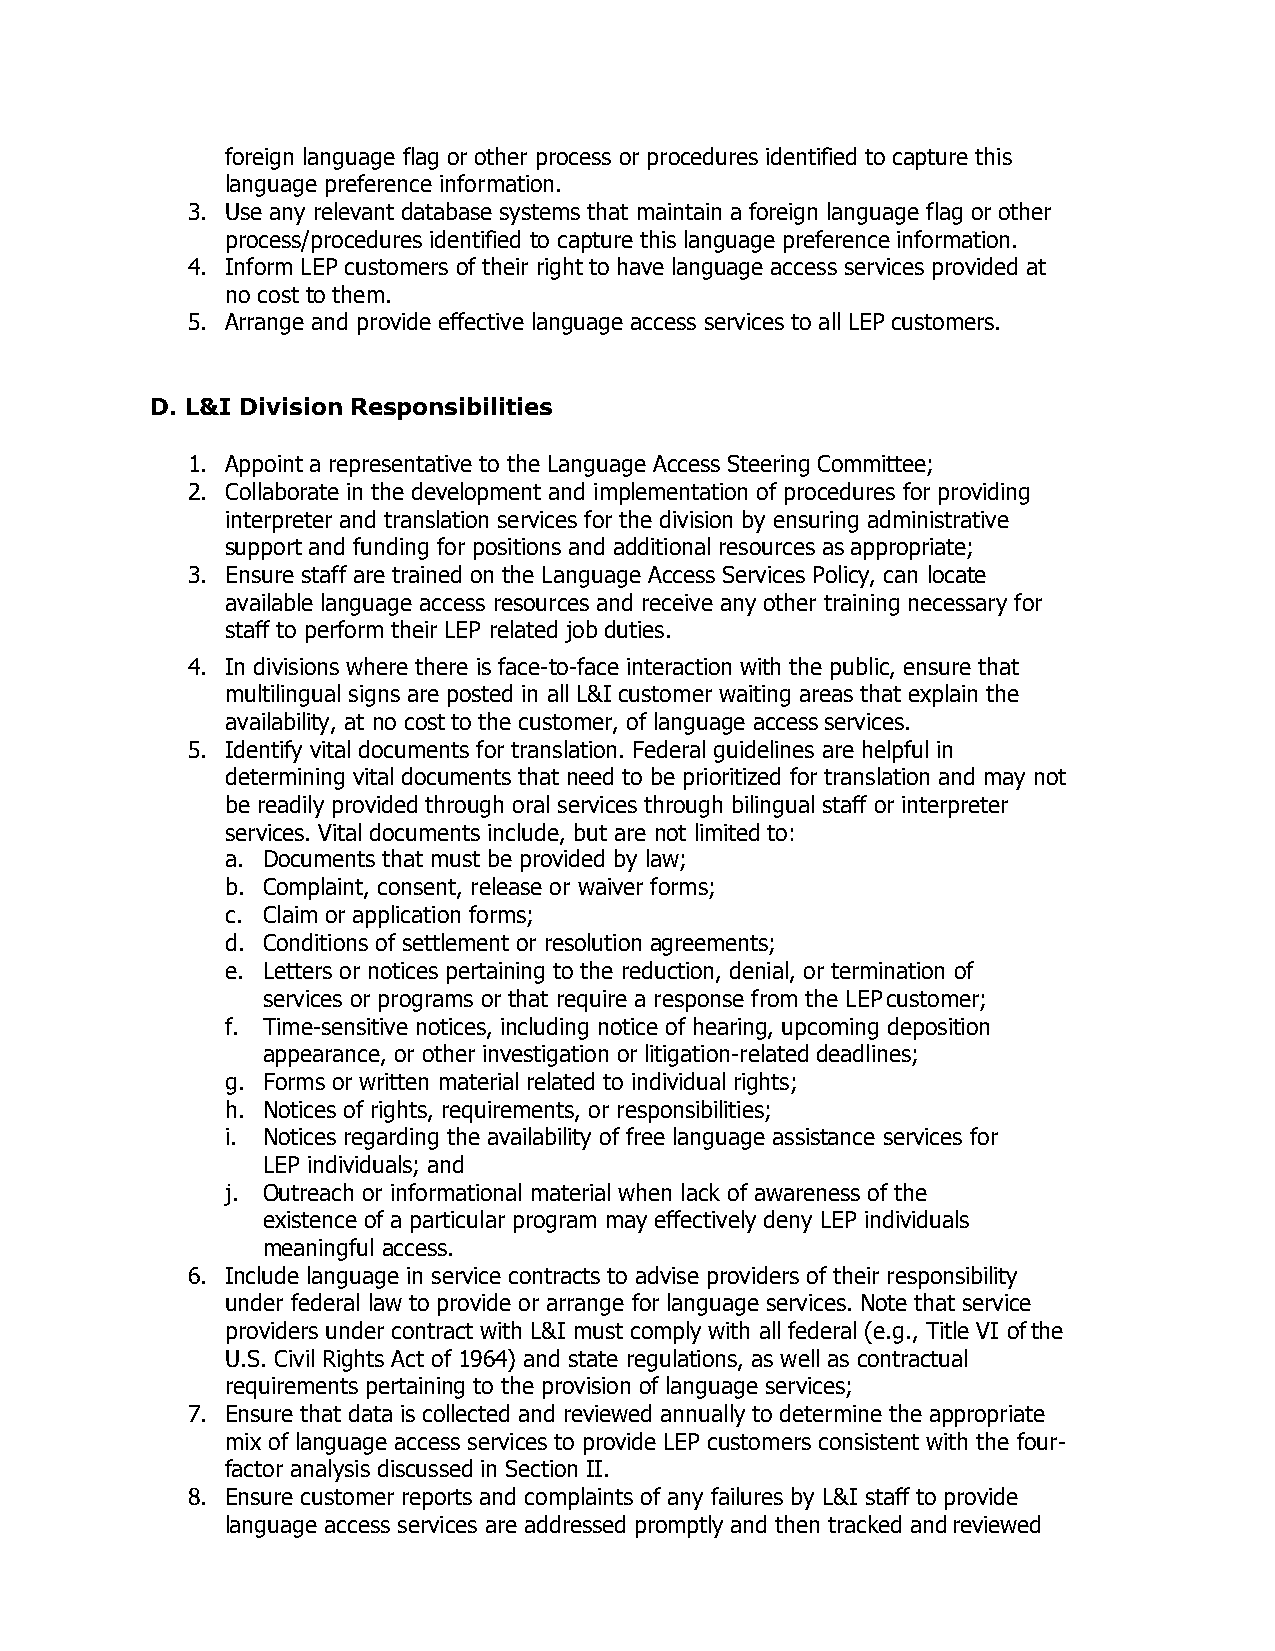
foreign language flag or other process or procedures identified to capture this
 language preference information.
 3. Use any relevant database systems that maintain a foreign language flag or other
 process/procedures identified to capture this language preference information.
 4. Inform LEP customers of their right to have language access services provided at
 no cost to them.
 5. Arrange and provide effective language access services to all LEP customers.
 D. L&I Division Responsibilities
 1. Appoint a representative to the Language Access Steering Committee;
 2. Collaborate in the development and implementation of procedures for providing
 interpreter and translation services for the division by ensuring administrative
 support and funding for positions and additional resources as appropriate;
 3. Ensure staff are trained on the Language Access Services Policy, can locate
 available language access resources and receive any other training necessary for
 staff to perform their LEP related job duties.
 4. In divisions where there is face-to-face interaction with the public, ensure that
 multilingual signs are posted in all L&I customer waiting areas that explain the
 availability, at no cost to the customer, of language access services.
 5. Identify vital documents for translation. Federal guidelines are helpful in
 determining vital documents that need to be prioritized for translation and may not
 be readily provided through oral services through bilingual staff or interpreter
 services. Vital documents include, but are not limited to:
 a. Documents that must be provided by law;
 b. Complaint, consent, release or waiver forms;
 c. Claim or application forms;
 d. Conditions of settlement or resolution agreements;
 e. Letters or notices pertaining to the reduction, denial, or termination of
 services or programs or that require a response from the LEP customer;
 f. Time-sensitive notices, including notice of hearing, upcoming deposition
 appearance, or other investigation or litigation-related deadlines;
 g. Forms or written material related to individual rights;
 h. Notices of rights, requirements, or responsibilities;
 i. Notices regarding the availability of free language assistance services for
 LEP individuals; and
 j. Outreach or informational material when lack of awareness of the
 existence of a particular program may effectively deny LEP individuals
 meaningful access.
 6. Include language in service contracts to advise providers of their responsibility
 under federal law to provide or arrange for language services. Note that service
 providers under contract with L&I must comply with all federal (e.g., Title VI of the
 U.S. Civil Rights Act of 1964) and state regulations, as well as contractual
 requirements pertaining to the provision of language services;
 7. Ensure that data is collected and reviewed annually to determine the appropriate
 mix of language access services to provide LEP customers consistent with the four-
 factor analysis discussed in Section II.
 8. Ensure customer reports and complaints of any failures by L&I staff to provide
 language access services are addressed promptly and then tracked and reviewed